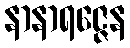
နာနာရဇ္ဇေန